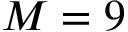
M = 9